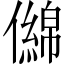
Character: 㒙